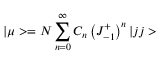
| \mu > = { \cal { N } } \sum _ { n = 0 } ^ { \infty } C _ { n } \left( J _ { - 1 } ^ { + } \right) ^ { n } | j j >